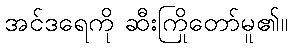
အင်ဒရေကို ဆီးကြိုတော်မူ၏။